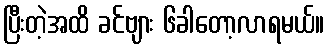
ပြီးတဲ့အထိ ခင်ဗျား ၆ခါတော့လာရမယ်။